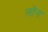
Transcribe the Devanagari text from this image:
लाेेग